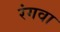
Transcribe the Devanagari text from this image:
रंगवा